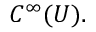
C ^ { \infty } ( U ) .